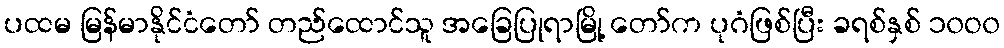
ပထမ မြန်မာနိုင်ငံတော် တည်ထောင်သူ အခြေပြုရာမြို့ တော်က ပုဂံဖြစ်ပြီး ခရစ်နှစ် ၁၀ဝ၀